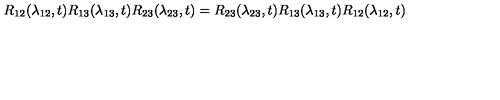
R _ { 1 2 } ( \lambda _ { 1 2 } , t ) R _ { 1 3 } ( \lambda _ { 1 3 } , t ) R _ { 2 3 } ( \lambda _ { 2 3 } , t ) = R _ { 2 3 } ( \lambda _ { 2 3 } , t ) R _ { 1 3 } ( \lambda _ { 1 3 } , t ) R _ { 1 2 } ( \lambda _ { 1 2 } , t )